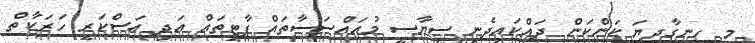
މި ހިނގާދިޔަ ކަންކަން ދައްކައިދެނީ ސިޔާސީ މުއައްސަސާތައް ޕާޓީތައް އަދި އަސްކަރީ ހަރަކާތް